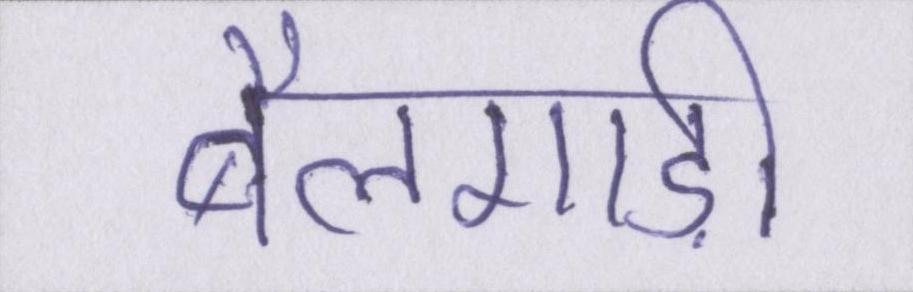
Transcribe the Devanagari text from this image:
बैलगाड़ी